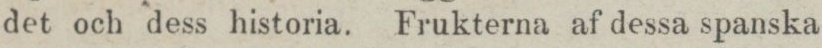
det och dess historia. Frukterna af dessa spanska